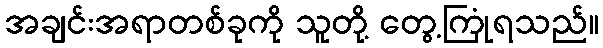
အချင်းအရာတစ်ခုကို သူတို့ တွေ့ကြုံရသည်။